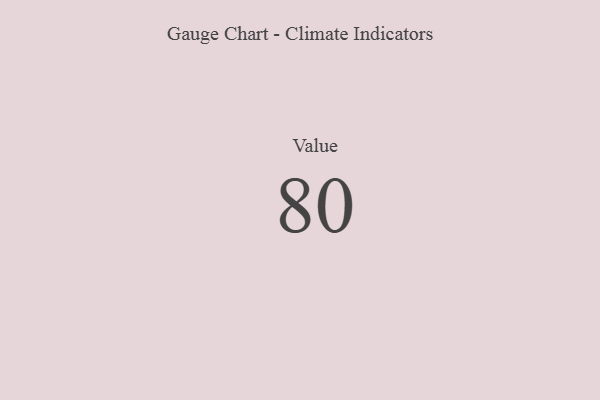
{"axis": {"x": "Metric", "y": "Value"}, "legend": [""], "data": [{"x": "Value", "y": 80, "type": ""}]}